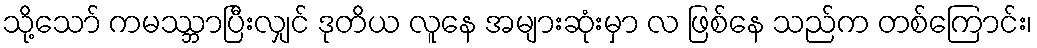
သို့သော် ကမဿ္ဘာပြီးလျှင် ဒုတိယ လူနေ အများဆုံးမှာ လ ဖြစ်နေ သည်က တစ်ကြောင်း၊